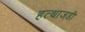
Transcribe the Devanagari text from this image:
हत्थाजडी